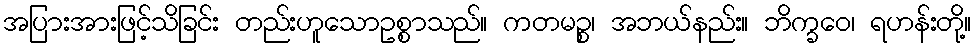
အပြားအားဖြင့်သိခြင်း တည်းဟူသောဥစ္စာသည်။ ကတမဉ္စ၊ အဘယ်နည်း။ ဘိက္ခဝေ၊ ရဟန်းတို့။